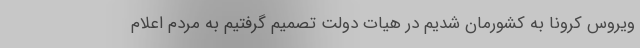
ویروس کرونا به کشورمان شدیم در هیات دولت تصمیم گرفتیم به مردم اعلام